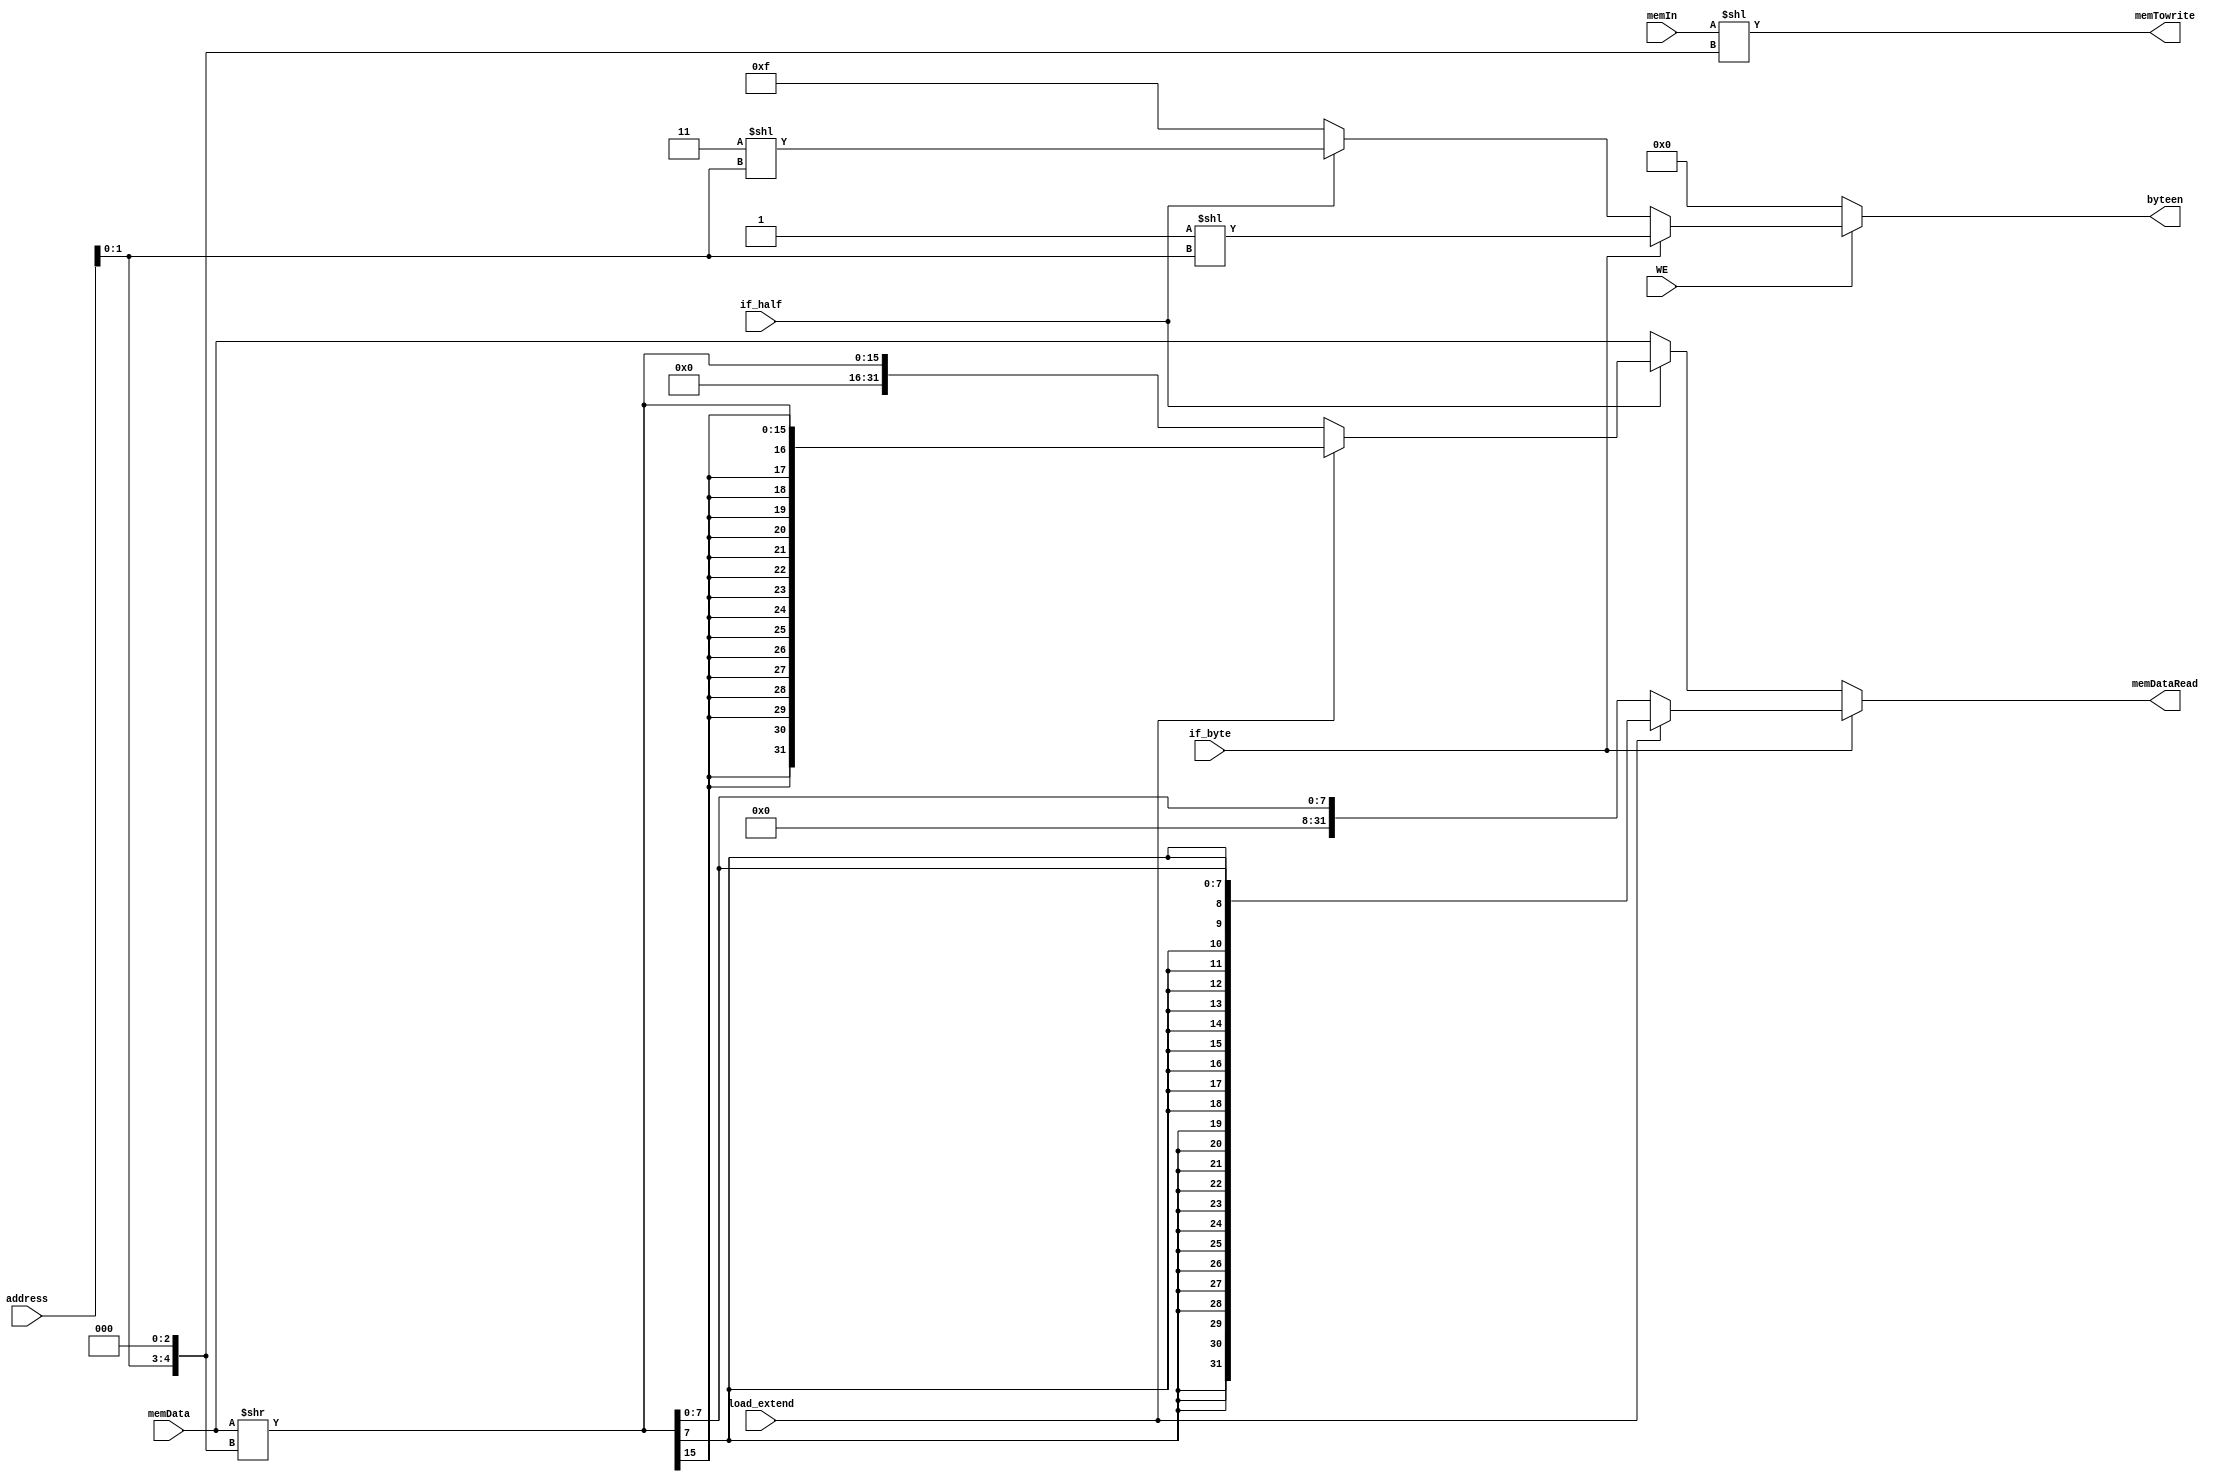
`timescale 1ns / 1ps

module DM(
    input [31:0] memData,
    input [31:0] address,
    input [31:0] memIn,

    input WE,
    input if_byte,
    input if_half,
    input load_extend,

    output [31:0] memDataRead,
    output [31:0] memTowrite,
    output [3:0] byteen
    );

wire [4:0] shift = {address[1:0],3'b000};

wire [31:0] rdTmp = memData >> shift;
assign memTowrite = memIn << shift;

//lw,lh,lb,lhu,lbu
assign memDataRead = (if_byte == 1) ? (load_extend) ? {{24{rdTmp[7]}},rdTmp[7:0]} : {24'b0,rdTmp[7:0]} :
                      (if_half == 1) ? (load_extend) ? {{16{rdTmp[15]}},rdTmp[15:0]} : {16'b0,rdTmp[15:0]} : 
                      memData;

//sw,sh,sb
assign byteen = (WE==0) ? 4'b0000 :
                (if_byte) ? 4'b0001 << address[1:0] :
                (if_half) ? 4'b0011 << address[1:0] :
                4'b1111;

endmodule